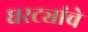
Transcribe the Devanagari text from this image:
घरट्यांचे